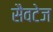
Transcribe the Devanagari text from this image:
सैवटेज